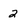
Character: 2